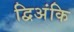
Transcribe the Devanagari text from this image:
द्विअंकि